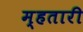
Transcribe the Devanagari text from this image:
म्हतारी